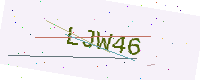
Text: LJW46